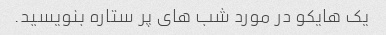
یک هایکو در مورد شب های پر ستاره بنویسید.